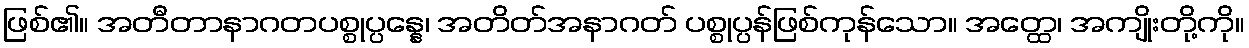
ဖြစ်၏။ အတီတာနာဂတပစ္စုပ္ပန္နေ၊ အတိတ်အနာဂတ် ပစ္စုပ္ပန်ဖြစ်ကုန်သော။ အတ္ထေ၊ အကျိုးတို့ကို။